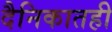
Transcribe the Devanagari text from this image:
दैनिकातही